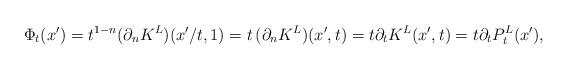
LaTeX: \begin{align*}\Phi_t(x') = t^{1-n} (\partial_n K^L)(x'/t, 1)= t \, (\partial_n K^L)(x', t) = t \partial_t K^L(x', t) = t \partial_t P_t^L(x'), \end{align*}